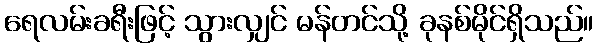
ရေလမ်းခရီးဖြင့် သွားလျှင် မန်တင်သို့ ခုနစ်မိုင်ရှိသည်။